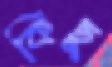
কিছু